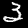
Label: 3